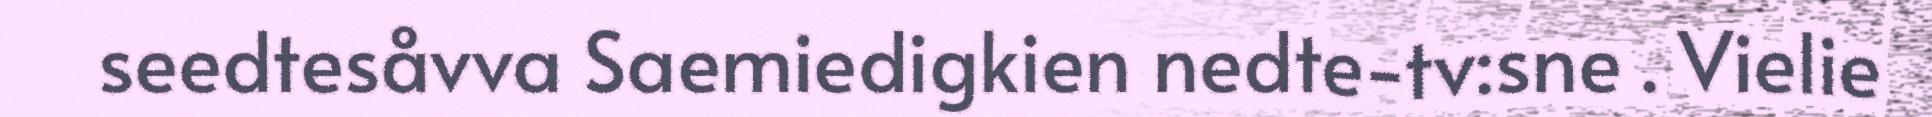
seedtesåvva Saemiedigkien nedte-tv:sne . Vielie